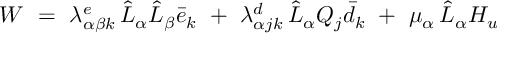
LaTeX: W \ = \ \lambda _ { \alpha \beta k } ^ { e } \, \hat { L } _ { \alpha } \hat { L } _ { \beta } \bar { e } _ { k } \ + \ \lambda _ { \alpha j k } ^ { d } \, \hat { L } _ { \alpha } Q _ { j } \bar { d } _ { k } \ + \ \mu _ { \alpha } \, \hat { L } _ { \alpha } H _ { u }